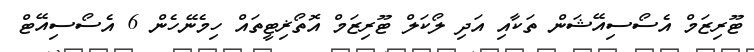
ޓޫރިޒަމް އެސޯސިއޭޝަން ތަކާއި އަދި ލޯކަލް ޓޫރިޒަމް އޮތޯޜިޓީތައް ހިމެނޭހެން 6 އެސޯސިއޭޓް